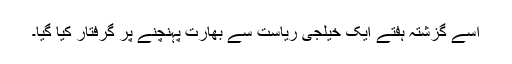
اسے گزشتہ ہفتے ایک خیلجی ریاست سے بھارت پہنچنے پر گرفتار کیا گیا۔